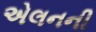
એલનની